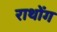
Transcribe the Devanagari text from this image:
राथोंग